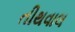
તીથવાલ